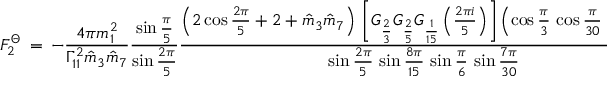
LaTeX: F _ { 2 } ^ { \Theta } \, = \, - \frac { 4 \pi m _ { 1 } ^ { 2 } } { \Gamma _ { 1 1 } ^ { 2 } \hat { m } _ { 3 } \hat { m } _ { 7 } } \frac { \sin \frac { \pi } { 5 } } { \sin \frac { 2 \pi } { 5 } } \frac { \left( 2 \cos \frac { 2 \pi } { 5 } + 2 + \hat { m } _ { 3 } \hat { m } _ { 7 } \right) \, \left[ G _ { \frac { 2 } { 3 } } G _ { \frac { 2 } { 5 } } G _ { \frac { 1 } { 1 5 } } \left( \frac { 2 \pi i } { 5 } \right) \right] \left( \cos \frac { \pi } { 3 } \, \cos \frac { \pi } { 3 0 } \, \cos \frac { \pi } { 5 } \right) ^ { 2 } } { \sin \frac { 2 \pi } { 5 } \, \sin \frac { 8 \pi } { 1 5 } \, \sin \frac { \pi } { 6 } \, \sin \frac { 7 \pi } { 3 0 } }